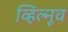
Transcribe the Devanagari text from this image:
व्हिल्नूव